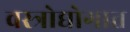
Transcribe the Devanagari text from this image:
वस्त्रोद्योगात